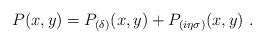
LaTeX: \begin{align*}P(x,y) =P_{(\delta)}(x,y) +P_{(i\eta\sigma)}(x,y) ~.\end{align*}